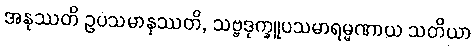
အနုဿတိ ဥပသမာနုဿတိ, သဗ္ဗဒုက္ခူပသမာရမ္မဏာယ သတိယာ